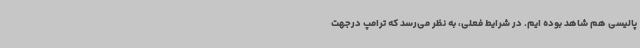
پالیسی هم شاهد بوده ایم. در شرایط فعلی، به نظر می‌رسد که ترامپ درجهت